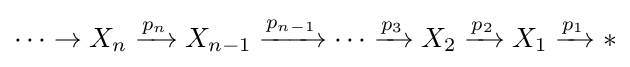
\cdots \to X_{n}\xrightarrow {p_{n}} X_{n-1}\xrightarrow {p_{n-1}} \cdots \xrightarrow {p_{3}} X_{2}\xrightarrow {p_{2}} X_{1}\xrightarrow {p_{1}} *